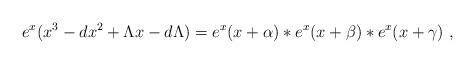
LaTeX: \begin{align*}e^x(x^3-dx^2+\Lambda x-d\Lambda )=e^x(x+\alpha )*e^x(x+\beta )*e^x(x+\gamma )~,\end{align*}